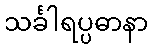
သင်္ခါရပ္ပဓာနာ